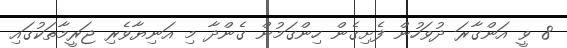
8 ވީ އަންގާރަ ދުވަހުން ފެށިގެން ހިންގަމުން ގެންދާ މި އަނިޔާވެރި ޖަރީމާތަކުގައި